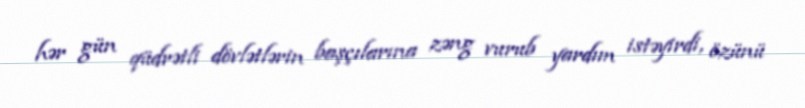
hər gün qüdrətli dövlətlərin başçılarına zəng vurub yardım istəyirdi, özünü